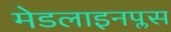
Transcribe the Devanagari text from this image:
मेडलाइनप्लस